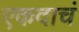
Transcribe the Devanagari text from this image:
एकदाचं